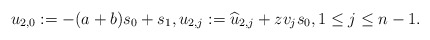
\begin{align*} u_{2,0}:=-(a+b)s_0+s_1, u_{2,j}:=\widehat{u}_{2,j}+zv_{j}s_{0}, 1\leq j\leq n-1. \end{align*}